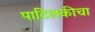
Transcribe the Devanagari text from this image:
पाटिलकीचा